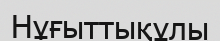
Нұғыттықұлы